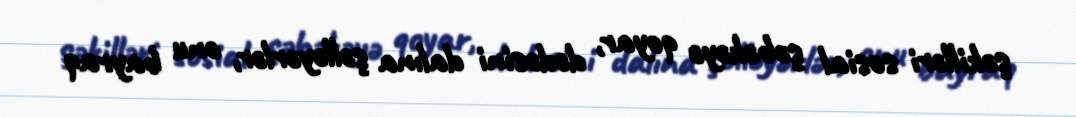
şəkilləri sosial şəbəkəyə qoyar, dədəsini dalına şəlləyərlər, onu bayraq